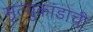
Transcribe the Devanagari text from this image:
मृत्युकांडाची